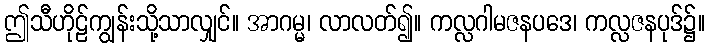
ဤသီဟိုဠ်ကျွန်းသို့သာလျှင်။ အာဂမ္မ၊ လာလတ်၍။ ကလ္လဂါမဇနပဒေ၊ ကလ္လဇနပုဒ်၌။